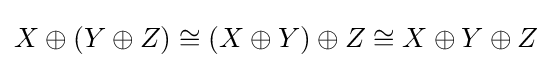
X\oplus (Y\oplus Z)\cong (X\oplus Y)\oplus Z\cong X\oplus Y\oplus Z